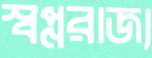
স্বপ্নরাজ্য